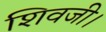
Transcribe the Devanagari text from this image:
शिवजी।